EELK_Tartu_Peetri_kogudus_(kirikutahed), lk 15
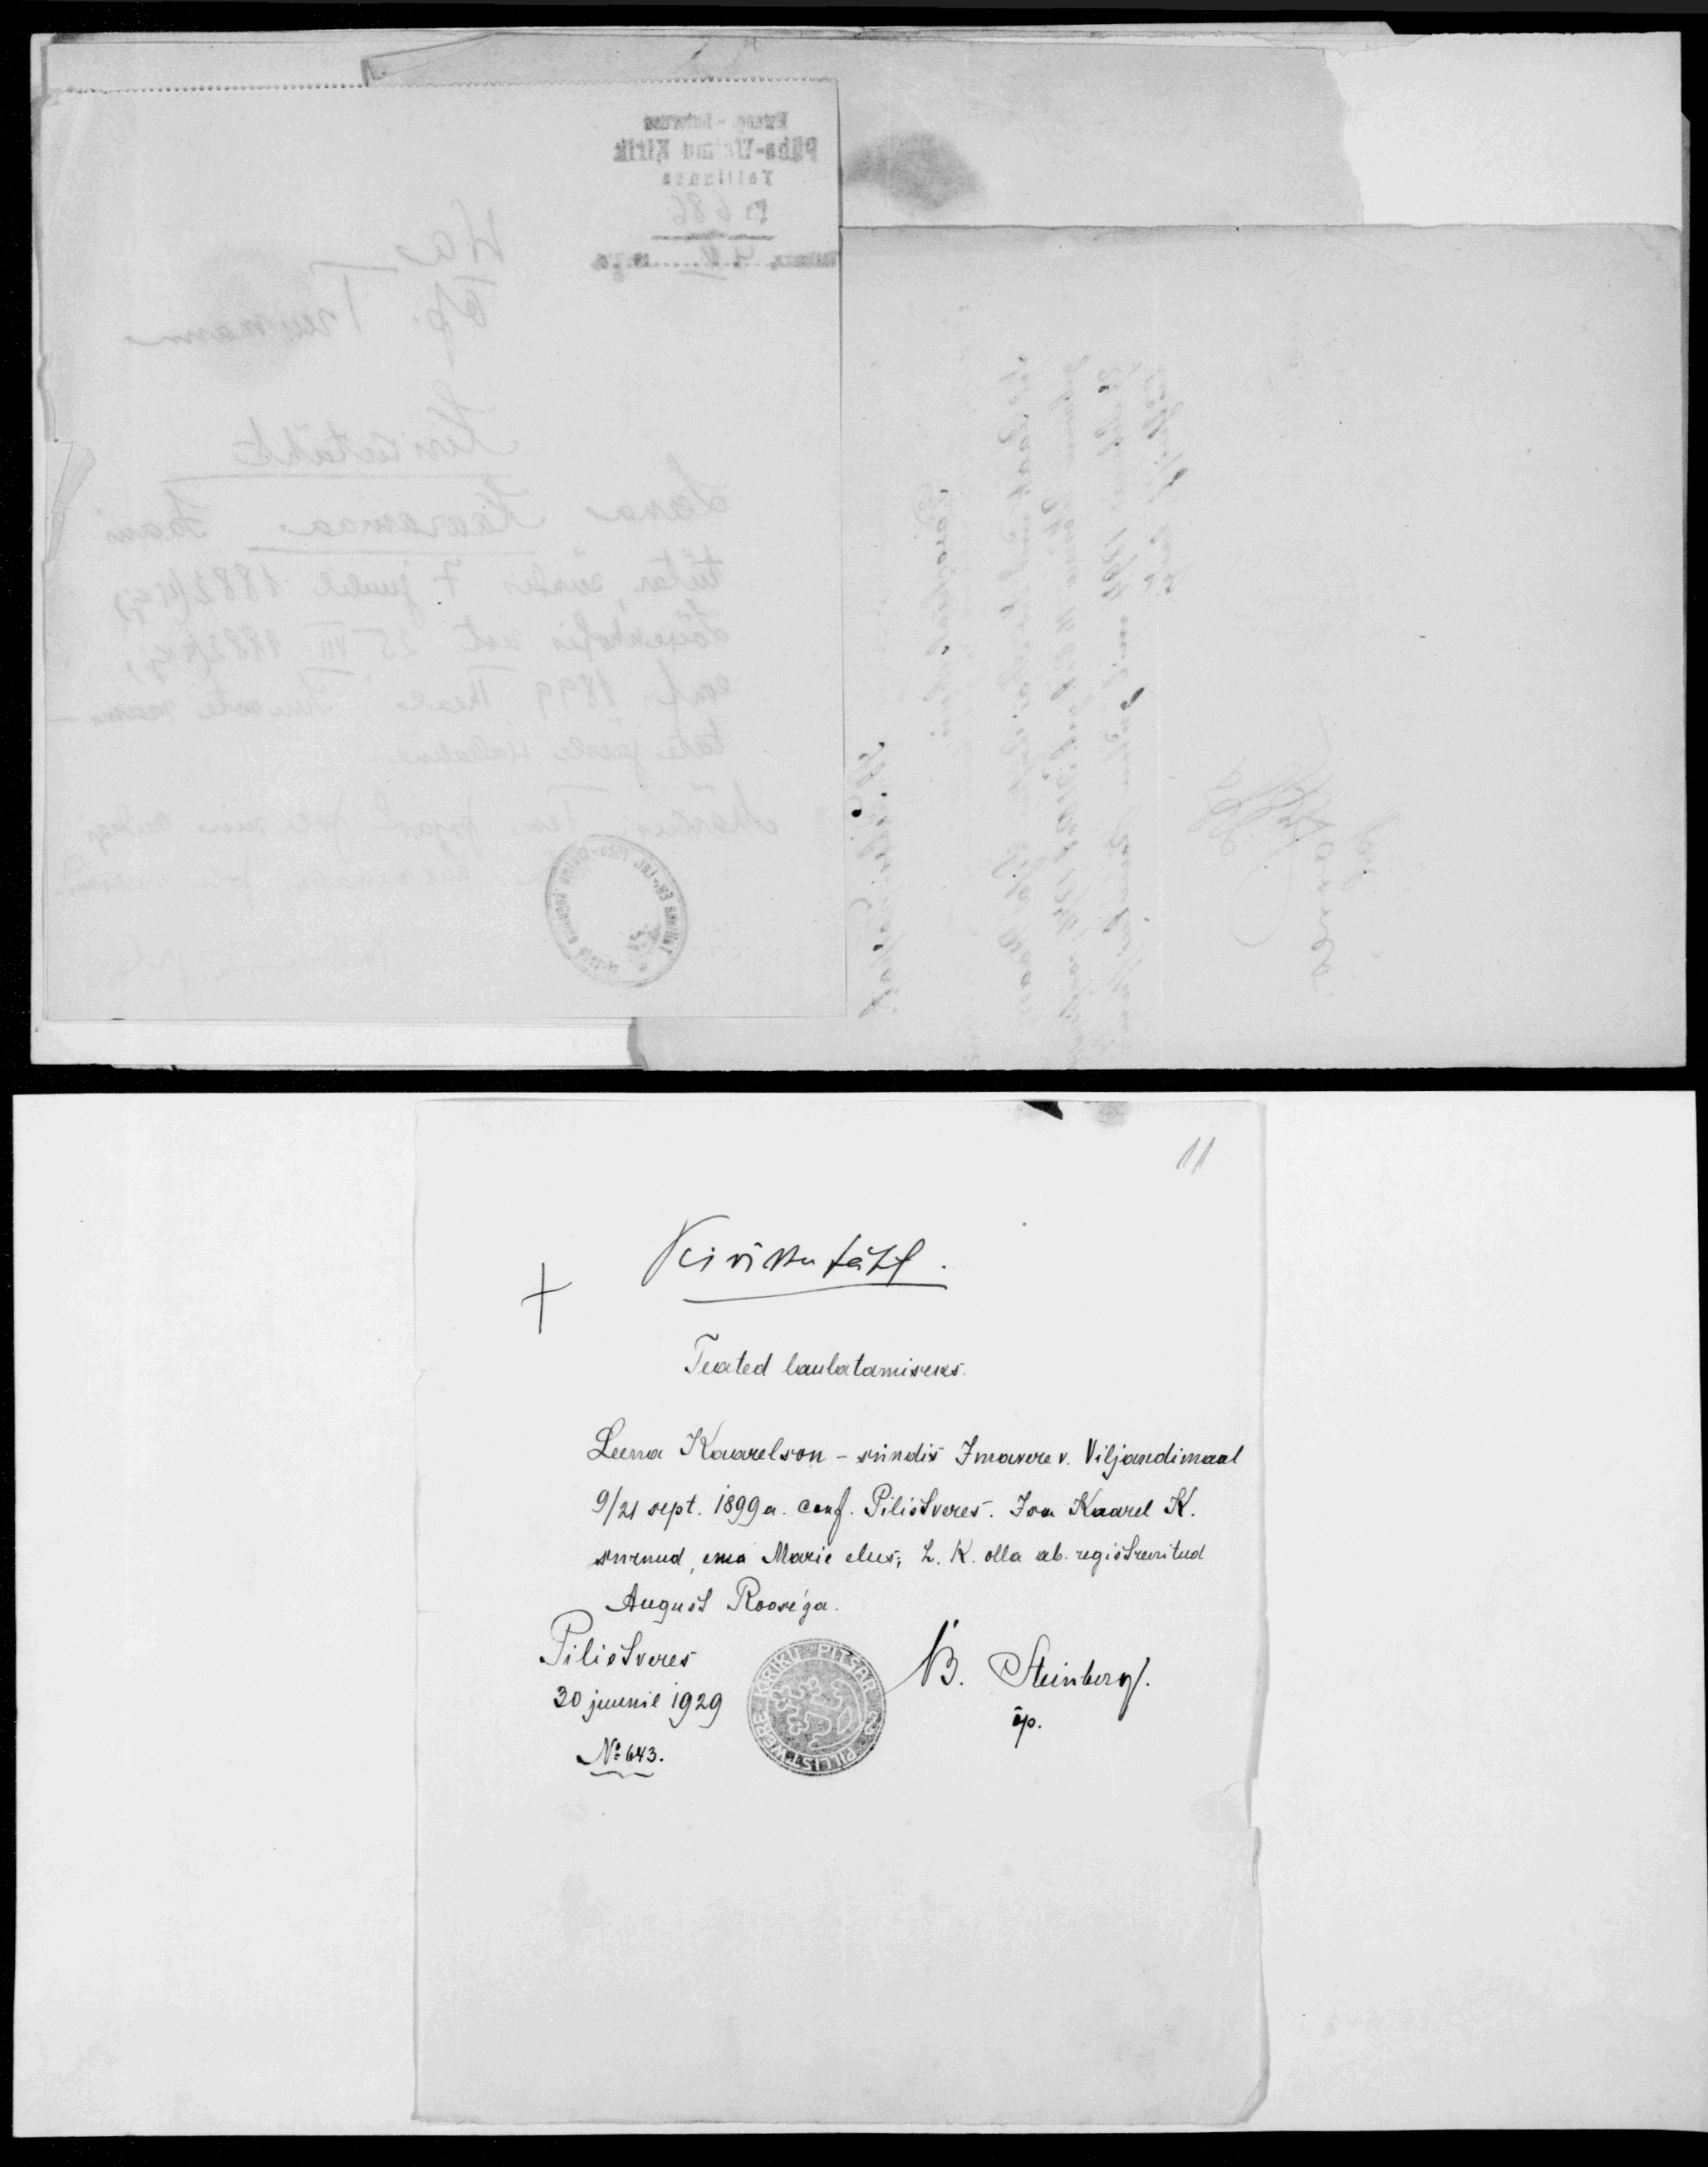
Kirikutäht
Teated laulatamiseks
Leena Kaarelson - sündis Imavere v. Viljandimaal
9/21 sept. 1899a. conf. Pilistveres, Isa Kaarel K.
surnud, ema Marie elus, L. K. olla ab. registreeritud
August Roose'ga.
Pilistveres
B. Steinberg
30 juunil 1929
N: 643.